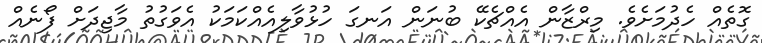
ގޮތެއް ހެދުމަށެވެ. މިރްޒާން އެއްޗެކޭ ބުނަން އަނގަ ހުޅުވާލިއެއްކަމަކު އެވަގުތު މާޖިދަށް ފޯނެއް